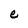
Character: e